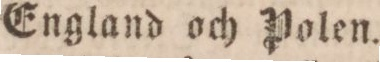
England och Polen.